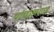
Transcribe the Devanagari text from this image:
पांचालराज